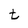
Character: t